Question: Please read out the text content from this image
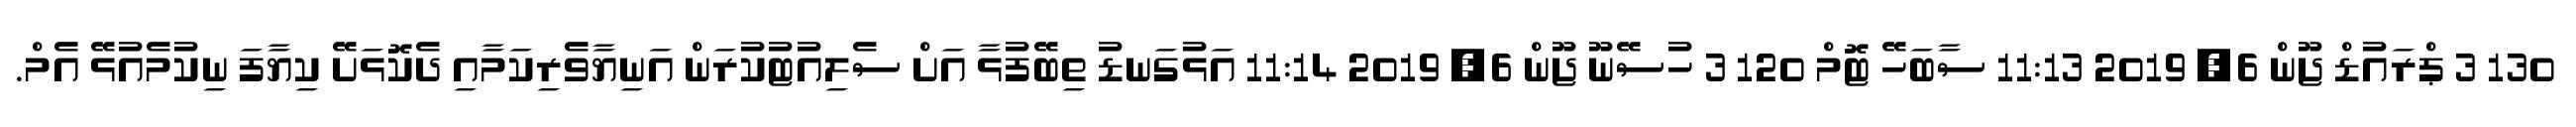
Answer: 130 3 ޕްރައުޑް ޖޫން 6, 2019 11:13 ސާބަހޭ ޓޮމް 120 3 ހުސޭނޫ ޖޫން 6, 2019 11:14 އަޅުގަނޑު ތިބޭފުޅާ އަށް ސެލިއުޓުކުރަން އަނިޔާވެރިކަމާއި ދެކޮޅަށޭ ކިޔާފަ ނިކުމެއުޅޭ އެމް.